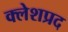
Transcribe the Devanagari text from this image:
क्लेशप्रद